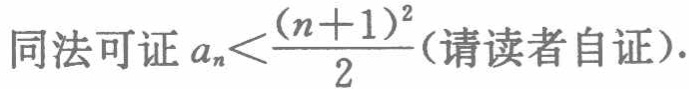
同法可证 \(a_{n}<\frac{(n + 1)^{2}}{2}\)(请读者自证).